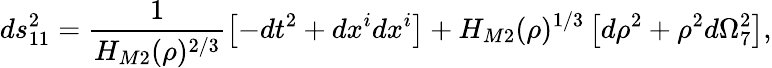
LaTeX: ds_{11}^{2}=\frac{1}{H_{M2}(\rho)^{2/3}}\left[-dt^{2}+dx^{i}dx^{i}\right]+H_{M2}(\rho)^{1/3}\left[d\rho^{2}+\rho^{2}d\Omega_{7}^{2}\right],